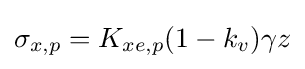
{\textstyle \sigma _{x,p}=K_{xe,p}(1-k_{v})\gamma z}